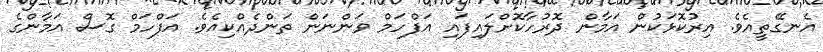
އެނގޭތީއެވެ. އިރުކޮޅަކުން އަމާން ދޮރުހާކޮށްލައިފައި އަފްހަމް ވަންނަން ތަންދެއްކިއެވެ. އަފްހަމް ގޮސް އަމާންގެ